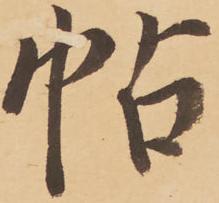
帖